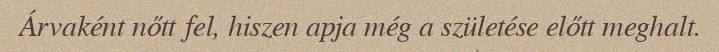
Árvaként nőtt fel, hiszen apja még a születése előtt meghalt.